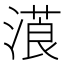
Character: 𣻡